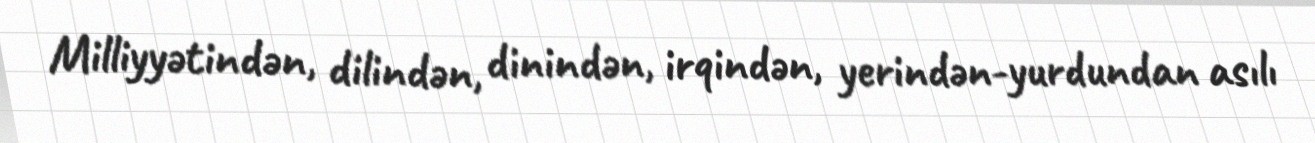
Milliyyətindən, dilindən, dinindən, irqindən, yerindən-yurdundan asılı